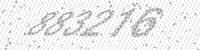
Solution: 883216